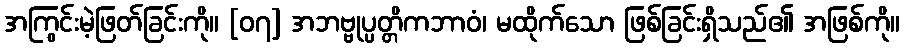
အကြွင်းမဲ့ဖြတ်ခြင်းကို။ [၀၇] အဘဗ္ဗုပ္ပတ္တိကဘာဝံ၊ မထိုက်သော ဖြစ်ခြင်းရှိသည်၏ အဖြစ်ကို။